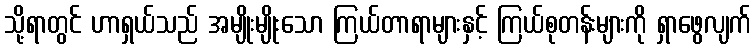
သို့ရာတွင် ဟာရှယ်သည် အမျိုးမျိုးသော ကြယ်တာရာများနှင့် ကြယ်စုတန်းများကို ရှာဖွေလျက်